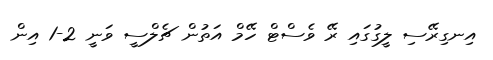
އިނގިރޭސި ލީގުގައި ރޭ ވެސްޓް ހޭމް އަތުން ޗެލްސީ ވަނީ 2-1 އިން